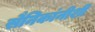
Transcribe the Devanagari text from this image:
सैनिकांनीशी